Civil Veterinary Department. United Provinces 1912-22 - 1912-1922
Year: 1912
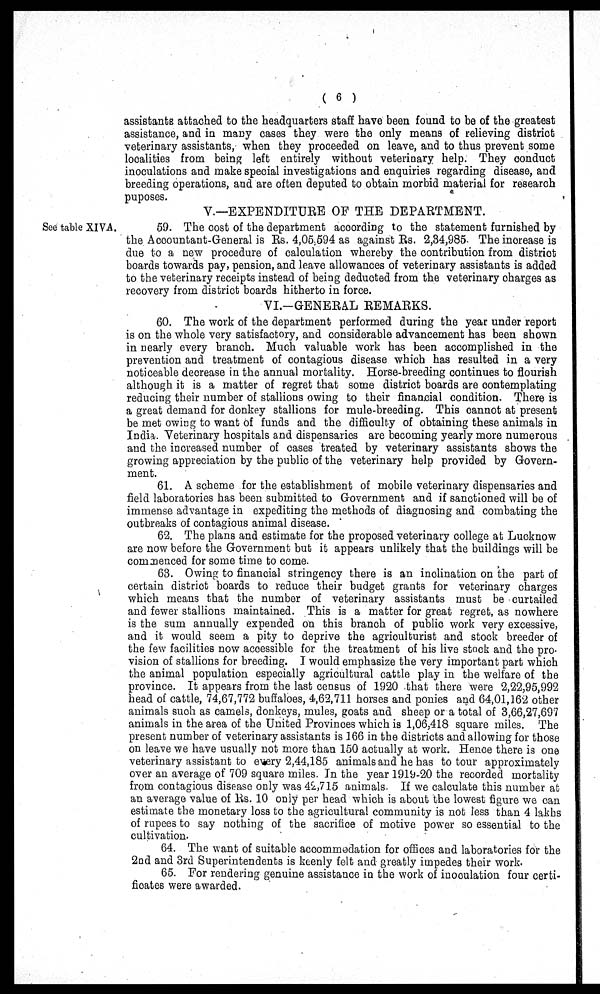
( 6 )
assistants attached to the headquarters staff have been found to be of the greatest
assistance, and in many cases they were the only means of relieving district
veterinary assistants, when they proceeded on leave, and to thus prevent some
localities from being left entirely without veterinary help. They conduct
inoculations and make special investigations and enquiries regarding disease, and
breeding operations, and are often deputed to obtain morbid material for research
puposes.
V.—EXPENDITUEE OF THE DEPARTMENT.
See table XIVA.
59. The cost of the department according to the statement furnished by
the Accountant-General is Rs. 4,05,594 as against Rs. 2,34,985. The increase is
due to a new procedure of calculation whereby the contribution from district
boards towards pay, pension, and leave allowances of veterinary assistants is added
to the veterinary receipts instead of being deducted from the veterinary charges as
recovery from district boards hitherto in force.
VI.—GENERAL REMARKS.
60. The work of the department performed during the year under report
is on the whole very satisfactory, and considerable advancement has been shown
in nearly every branch. Much valuable work has been accomplished in the
prevention and treatment of contagious disease which has resulted in a very
noticeable decrease in the annual mortality. Horse-breeding continues to flourish
although it is a matter of regret that some district boards are contemplating
reducing their number of stallions owing to their financial condition. There is
a great demand for donkey stallions for mule-breeding. This cannot at present
be met owing to want of funds and the difficulty of obtaining these animals in
India. Veterinary hospitals and dispensaries are becoming yearly more numerous
and the increased number of oases treated by veterinary assistants shows the
growing appreciation by the public of the veterinary help provided by Govern-
ment.
61. A scheme for the establishment of mobile veterinary dispensaries and
field laboratories has been submitted to Government and if sanctioned will be of
immense advantage in expediting the methods of diagnosing and combating the
outbreaks of contagious animal disease.
62. The plans and estimate for the proposed veterinary college at Lucknow
are now before the Government but it appears unlikely that the buildings will be
commenced for some time to come.
63. Owing to financial stringency there is an inclination on the part of
certain district boards to reduce their budget grants for veterinary charges
which means that the number of veterinary assistants must be curtailed
and fewer stallions maintained. This is a matter for great regret, as nowhere
is the sum annually expended on this branch of public work very excessive,
and it would seem a pity to deprive the agriculturist and stock breeder of
the few facilities now accessible for the treatment of his live stock and the pro-
vision of stallions for breeding. I would emphasize the very important part which
the animal population especially agricultural cattle play in the welfare of the
province. It appears from the last census of 1920 that there were 2,22,95,992
head of cattle, 74,67,772 buffaloes, 4,62,711 horses and ponies and 64,01,162 other
animals such as camels, donkeys, mules, goats and sheep or a total of 3,66,27,697
animals in the area of the United Provinces which is 1,06,418 square miles. The
present number of veterinary assistants is 166 in the districts and allowing for those
on leave we have usually not more than 150 actually at work. Hence there is one
veterinary assistant to every 2,44,185 animals and he has to tour approximately
over an average of 709 square miles. In the year 1919-20 the recorded mortality
from contagious disease only was 42,715 animals. If we calculate this number at
an average value of Rs. 10 only per head which is about the lowest figure we can
estimate the monetary loss to the agricultural community is not less than 4 lakhs
of rupees to say nothing of the sacrifice of motive power so essential to the
cultivation.
64. The want of suitable accommodation for offices and laboratories for the
2nd and 3rd Superintendents is keenly felt and greatly impedes their work.
65. For rendering genuine assistance in the work of inoculation four certi-
ficates were awarded.